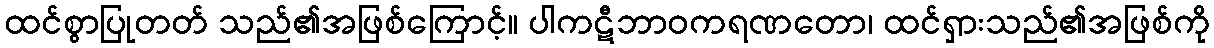
ထင်စွာပြုတတ် သည်၏အဖြစ်ကြောင့်။ ပါကဋီဘာဝကရဏတော၊ ထင်ရှားသည်၏အဖြစ်ကို